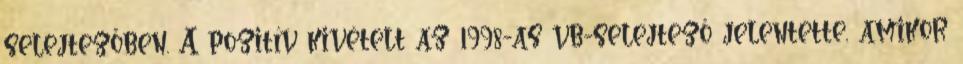
selejtezőben. A pozitív kivételt az 1998-as vb-selejtező jelentette, amikor